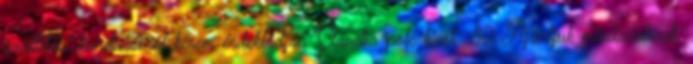
szállítási kondíciókról kérem érdeklődjön Claudia polc kicsi 80 Ajánljuk mindazoknak,